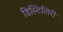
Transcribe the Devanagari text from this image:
डिस्टिलिरी